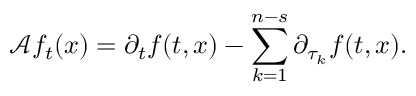
\mathcal { A } f _ { t } ( x ) = \partial _ { t } f ( t , x ) - \sum _ { k = 1 } ^ { n - s } \partial _ { \tau _ { k } } f ( t , x ) .